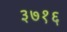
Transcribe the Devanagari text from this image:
३७१६